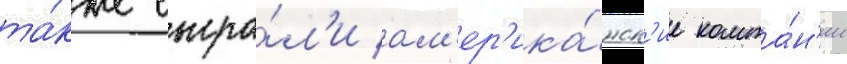
та́кже сыгра́л'и ам'ер'ика́нск'ие компа́н'ии